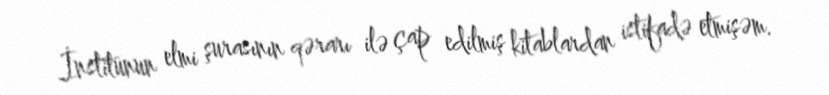
İnstitunun elmi şurasının qərarı ilə çap edilmiş kitablardan istifadə etmişəm.